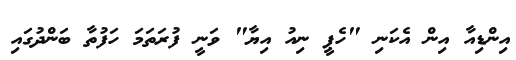
އިންޑިއާ އިން އެކަނި "ހެޕީ ނިއު އިޔާ" ވަނީ ފުރަތަމަ ހަފުތާ ބަންދުގައި